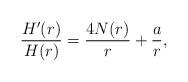
LaTeX: \begin{align*}\frac{H'(r)}{H(r)} = \frac{4 N(r)}{r} + \frac{a}{r},\end{align*}